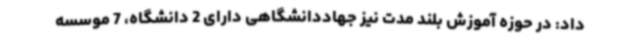
داد: در حوزه آموزش بلند مدت نیز جهاددانشگاهی دارای 2 دانشگاه، 7 موسسه